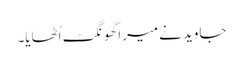
جاوید نےمیرا گھونگٹ اُٹھایا۔